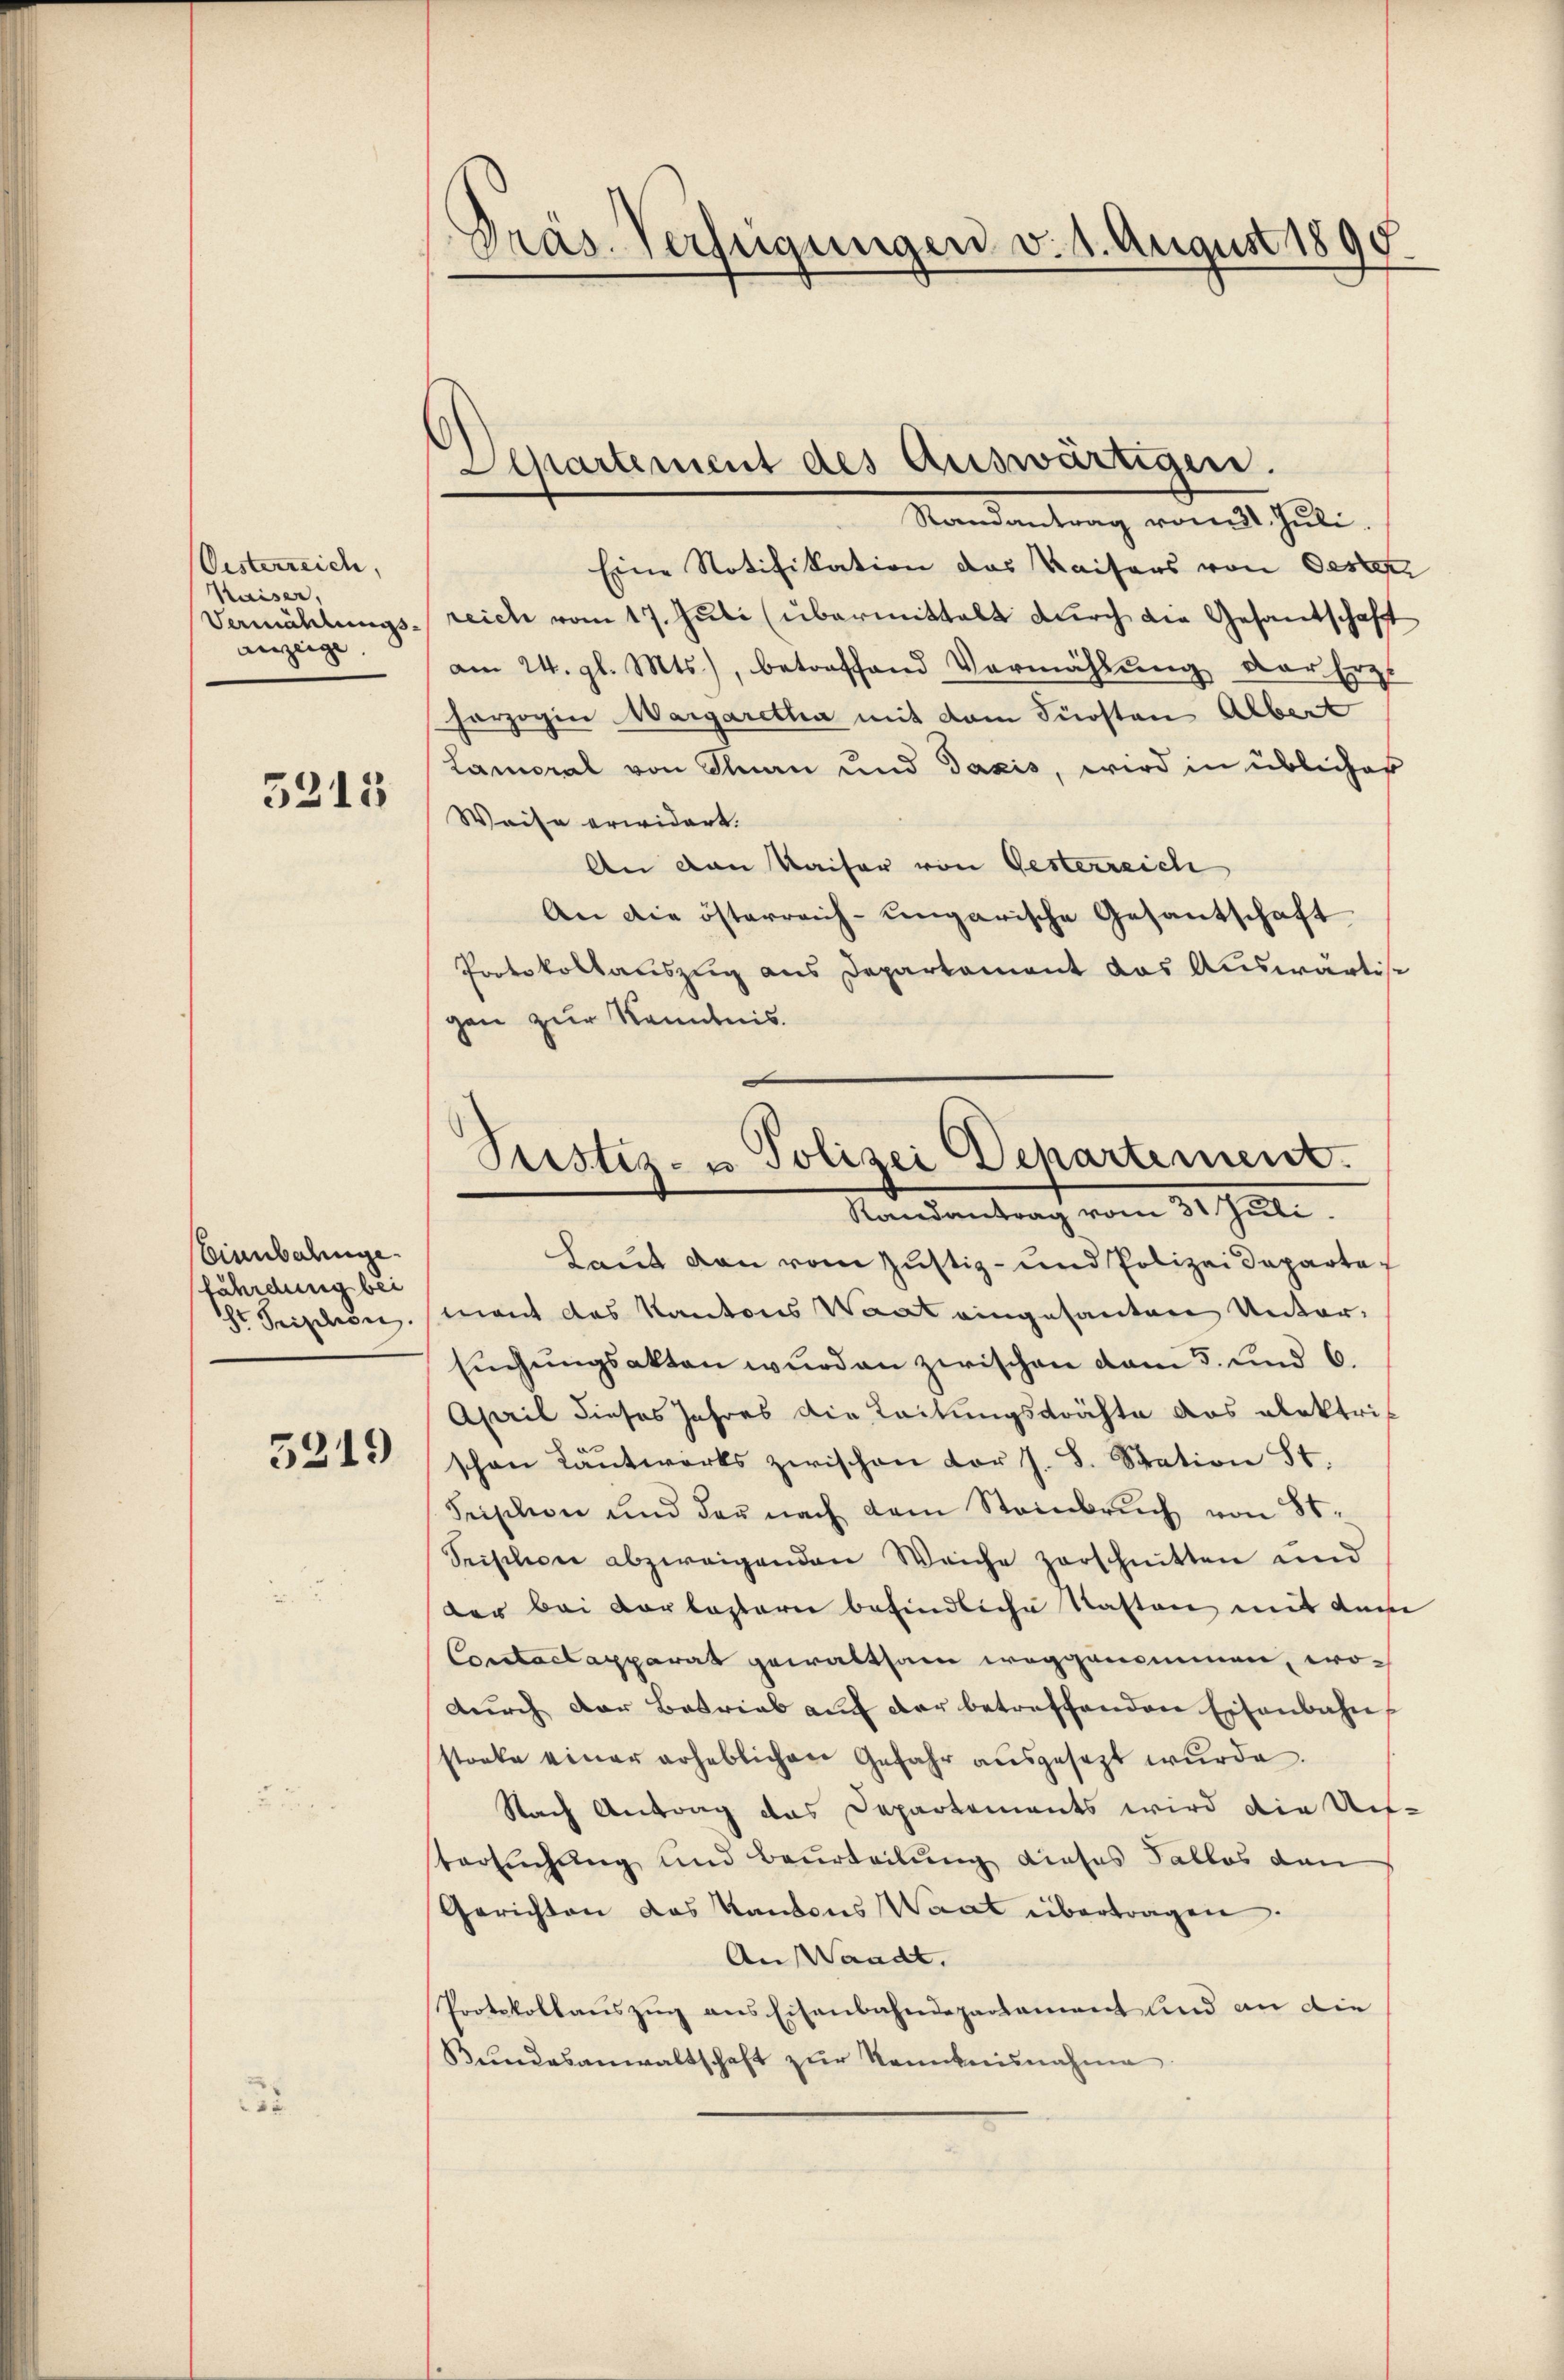
Oesterreich,
Kaiser,
Vermählungsanzeige

5213

Einbahnge.
fährdung bei
Ihr Seiden.
5219

i

s
Präs. Verfügungen v. 1. August 1890.

Separtement des Auswärtigen.

Randantrag vom 31. Juli.
Eine Notifikation das Kaisers von Oestenz
reich vom 17. Juli (übermittelt durch die Gesandschaft
am 24. gl. Mts., betreffend Vermählung der Ers
herzogin Margaretha mit dem Fürsten Albert
Lameral von San und Taxis, wird in üblicher
Weise erwidert.
An von Kaiser von Gesterreich
An die österreich-ungarische Gesantschaft
Protokollauszug aus Deparkament das Auswärtise
gen zur Kenntnis.

Laut den vom Justiz- und Polizeideparte
mant das Kantons Waat eingesanten Unter-
Eichungsakten wurden zwischen vom 5. und 6.
April dieses Jahres die Leitungsprächte das alektri
schon Lantworts zwischen vor J. S. Station St.
Feischon und der nach dem Steinbruch von St
Seischen abzweigenden Weiche zerschnitten und
der bei Vorlasterie befindliche Kasten mit dem
Conclusapparat gewaltsam weggenommen, wodurch der Betrieb auf der betreffenden Eisenbahnstocke einer erheblichen Gefahr aŭsgesezt wurde.
Nach Antrag das Departements wird die Auf-
tersuchung und Beurteilung dieses Falles dan
Gerichten das Kantons Waat übertragen.
An Waadt.
Protokollaŭszŭg ans Eisenbahndepartament und an die
Bŭndesanwaltschaft zŭr Kenntnisnahme

Justiz- u. Polizei Departement.
Randantrag vom 31 Juli.